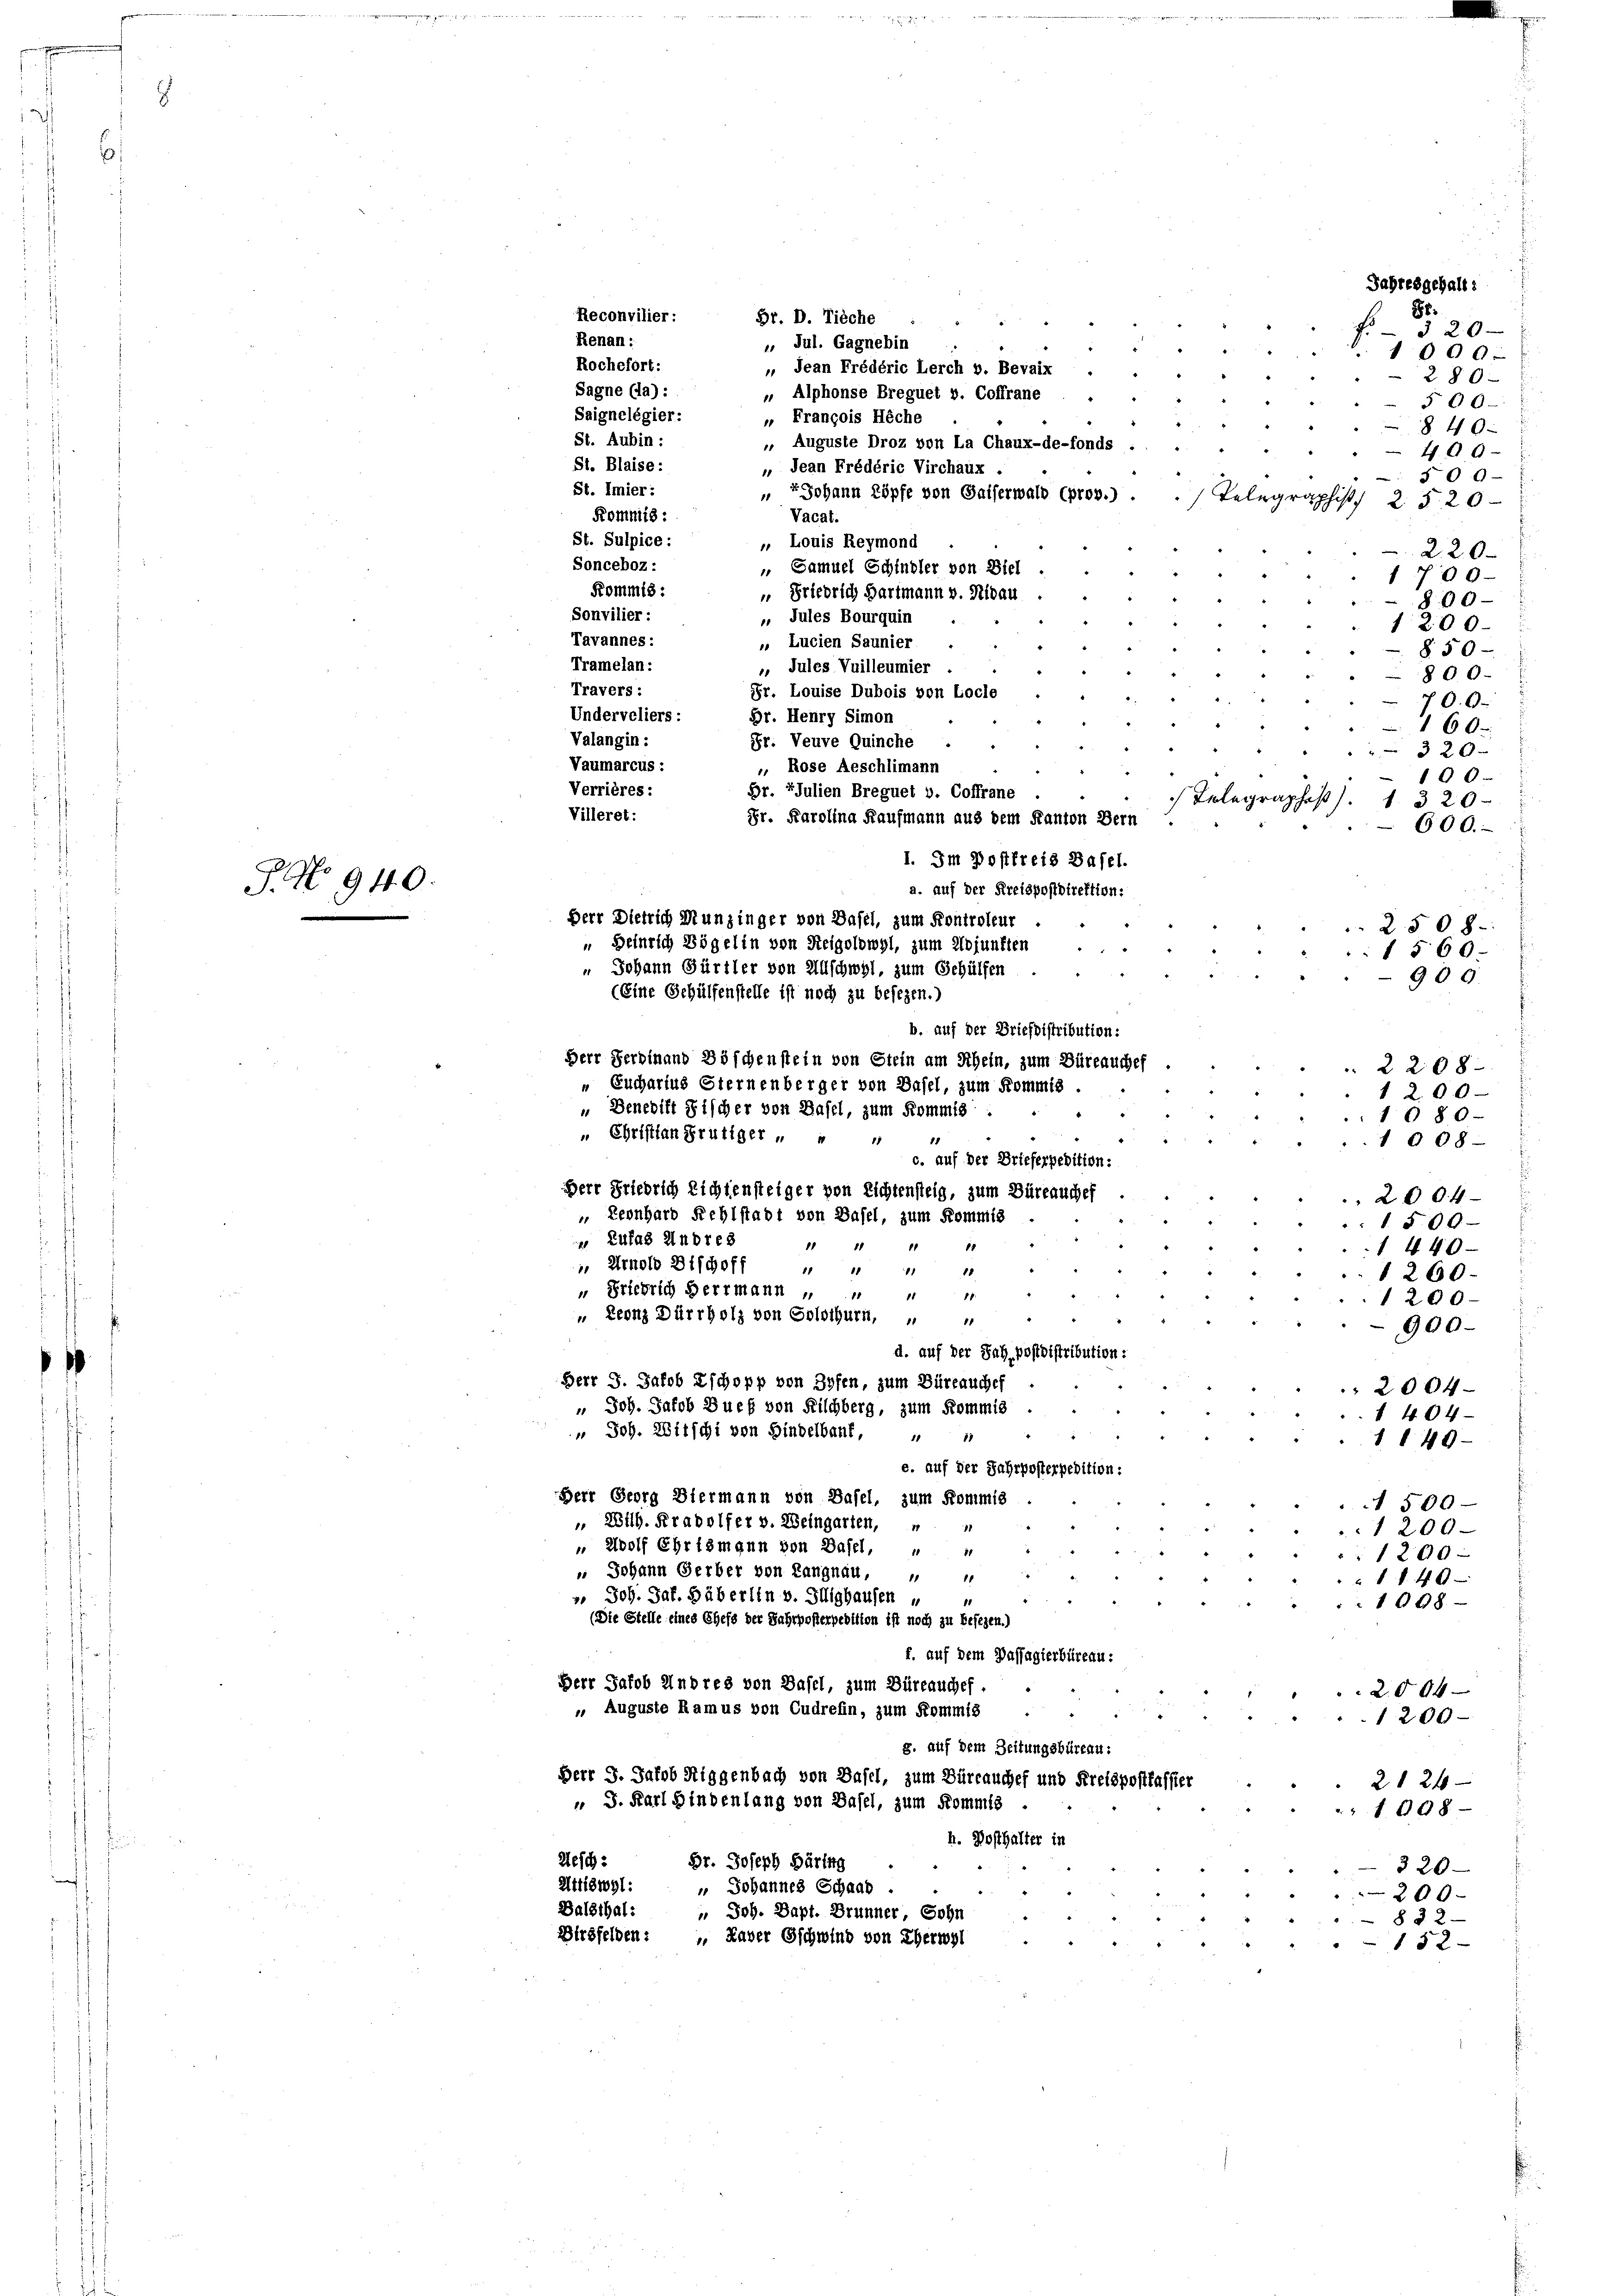
G. No 940.

, Jean Frédéric Lerch v. Bevaix
. Auguste Droz von La Chaux-de-fonds
 Johann Zöpfe von Salferwald (prov.)
 Samuel Schludler von Diel
 Friedrich Hartmann v. Nidau
Fr. Louise Dubois von Locle
Underveliers:
Gr. Henry Simon
Valangin :
Fr. Veuve Quinche
Vaumarcus :
. Rose Aeschlimann
Verrières:
Br. Julien Breguet v. Coffrane
Villeret:
Fr. Karolina Kaufmann aus dem Kanton Bern
1. Im Postfreis Basel.
a. auf der Kreispostdirektion:
Herr Dietrich Munzinger von Basel, zum Kontroleur
 Heinrich Bögelin von Reigolowyl, zum Adjunkten
u Johann Gürtler von Allschwyl, zum Gehülfen
(Eine Gehülfenstelle ist noch zu besezen.)
b. auf der Briefbistribution:
Derr Ferdinand Böschenstein von Stein am Schein, zum Büreauches
2208
"Eucharius Sternenberger von Basel, zum Kommis
1 200
 Benedift Fischer von Basel, zum Kommis
1080.
15
1008
„ Christian Frutiger " " auf der Briefespedition:

Renan :
Saignelégier:
" François Heche
St. Aubin :
St. Blaise:
 Jean Frédéric Virchaux .
St. Imier :
Kommis:
Vacat.
St. Sulpice:
„ Louis Reymond
Sonceboz :
Kommis:
Sonvilier:
Jules Bourquin
Tavannes:
„ Lucien Saunier
Tramelan:
1. Jules Vuilleumier
Travers:

Reconvilier:
Rochefort:
Sagne (la) :

e

Gr. D. Tieche
„ Jul. Gagnebin

" Wolf Ehrismann von Basel, " "
 Johann Gerber von Langnau, " "
 Joh. Jak. Häberlin v. Ilighausen u
(Die Stelle eines Chefs der Jahrposterpebition ist noch zu besezen.)
f. auf dem Passagierbüreau:
Herr Jakob Andres von Dasel, zum Büreauchef.
». Auguste Ramus von Cudrefin, zum Kommis
g. auf dem Zeitungsbüreau:
Herr J. Jakob Siggenbach von Basel, zum Büreauchef und Kreispostkassier
 J. Karl Hindenlang von Basel, zum Kommis
h. Dosthalter in
Zesch: Dr. Joseph Bärtig
Attiswyl: " Johannes Schaab .
Balsthal: " Joh. Bapt. Brunner, Sohn

Herr Friedrich Lichtensteiger von Lichtensteig, zum Büreauches
 Leonhard Fehlstadt von Basel, zum Kommis
 Zulas Andres
11
11
11 11
 Arnold Bischoff
11 18
11
18
 Friedrich Herrmann
18
1
18.
" Leonz Dürrholz von Solothurn,
1
d. auf der Sah pofdistribution:
Herr J. Jakob Eschopp von Hofen, zum Büreauchef
" Joh. Jakob Buef von Kilchberg, zum Kommis
" Joh. Witschi von Hindelbank, " "
e. auf der Jahrposterpedition:
Herr Georg Diermann von Basel, zum Kommis
" Wilh. Krabolfer v. Weingarten,
8

Dirsfelden:

„ Alphonse Breguet v. Coffrane

2004
1500
 440
1260.
1200.
900.
2004
1404
1149
500
1200
1290
1140
1098
.
2004
1200
2121
1008
320
200.
832.
152

Sr:
3 20
1000.
280
500-
840.
400
500
Telegraphist. 25. 20
220
1700
800
1200.
850-
800.
70.0
160
320x
100
Telegraphes). 1. 320
600.
2508.
1560.
900

er Gschwind von Eherwyl

Jahresgehalt: